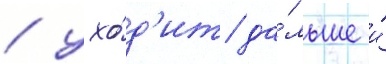
/ ухо́д'ит да́льше и́